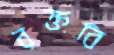
রক্তবি